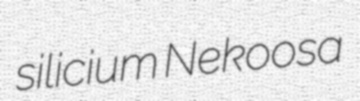
silicium Nekoosa